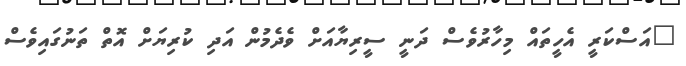
"އަސްކަރީ އެހީތައް މިހާރުވެސް ދަނީ ސީރިޔާއަށް ވެދެމުން އަދި ކުރިޔަށް އޮތް ތަނުގައިވެސް